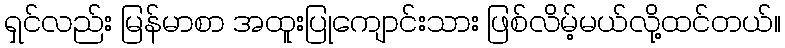
ရှင်လည်း မြန်မာစာ အထူးပြုကျောင်းသား ဖြစ်လိမ့်မယ်လို့ထင်တယ်။